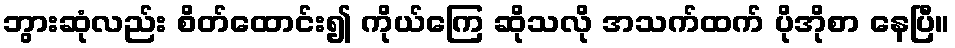
ဘွားဆုံလည်း စိတ်ထောင်း၍ ကိုယ်ကြေ ဆိုသလို အသက်ထက် ပိုအိုစာ နေပြီ။